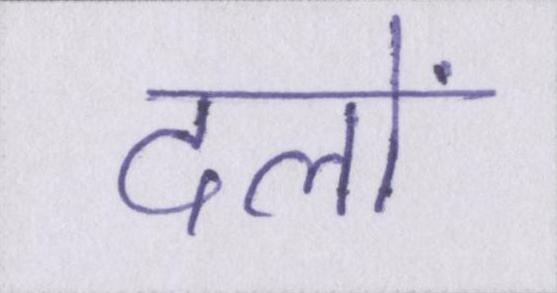
दलों